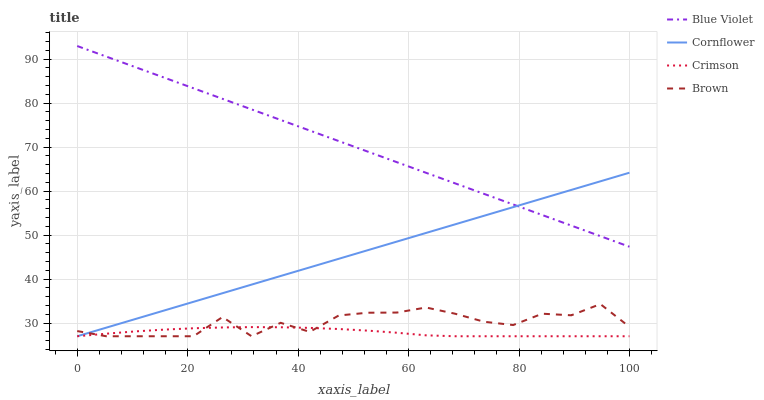
| xaxis_label | Blue Violet | Cornflower | Crimson | Brown |
 | --- | --- | --- | --- | --- |
 | 0 | 93 | 27 | 27 | 28.2 |
 | 5.26 | 90.6 | 29 | 27.6 | 27 |
 | 10.5 | 88.2 | 30.9 | 28.1 | 27 |
 | 15.8 | 85.8 | 32.9 | 28.5 | 27 |
 | 21.1 | 83.4 | 34.8 | 28.8 | 27 |
 | 26.3 | 81 | 36.8 | 29 | 31.4 |
 | 31.6 | 78.6 | 38.7 | 29.1 | 27 |
 | 36.8 | 76.2 | 40.7 | 29 | 30.1 |
 | 42.1 | 73.8 | 42.7 | 28.9 | 28 |
 | 47.4 | 71.4 | 44.6 | 28.6 | 31.7 |
 | 52.6 | 69 | 46.6 | 28.3 | 32.4 |
 | 57.9 | 66.6 | 48.5 | 27.8 | 32.4 |
 | 63.2 | 64.2 | 50.5 | 27.2 | 33.5 |
 | 68.4 | 61.8 | 52.4 | 27 | 32.1 |
 | 73.7 | 59.4 | 54.4 | 27 | 30.3 |
 | 78.9 | 57 | 56.4 | 27 | 29.6 |
 | 84.2 | 54.6 | 58.3 | 27 | 32.1 |
 | 89.5 | 52.2 | 60.3 | 27 | 31.8 |
 | 94.7 | 49.8 | 62.2 | 27 | 34.3 |
 | 100 | 47.4 | 64.2 | 27 | 29.1 |